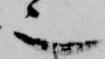
也